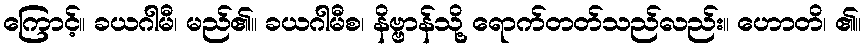
ကြောင့်။ ခယဂါမီ၊ မည်၏။ ခယဂါမီစ၊ နိဗ္ဗာန်သို့ ရောက်တတ်သည်လည်း။ ဟောတိ၊ ၏။